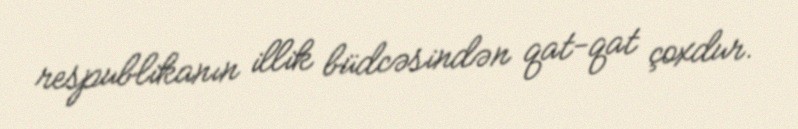
respublikanın illik büdcəsindən qat-qat çoxdur.